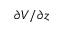
\partial V / \partial z